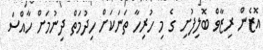
އޮޒެން ރިޒާވް ބޮލިފުށި ގެ މި ހުރިހާ ތަނަކަށް ހިދުމަތް ދިނުމަށް ހާއްސަ